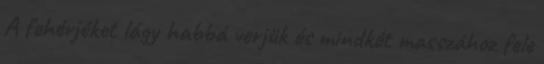
A fehérjéket lágy habbá verjük és mindkét masszához fele